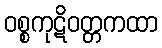
ဝစ္စကုဋိဝတ္တကထာ